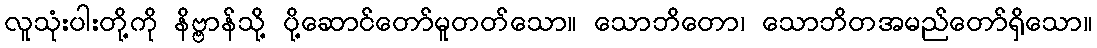
လူသုံးပါးတို့ကို နိဗ္ဗာန်သို့ ပို့ဆောင်တော်မူတတ်သော။ သောဘိတော၊ သောဘိတအမည်တော်ရှိသော။